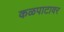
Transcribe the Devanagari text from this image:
कळपाटावर